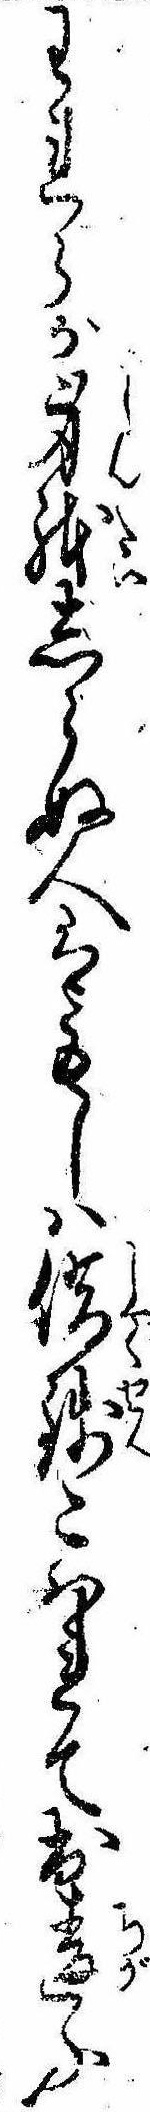
われらが身体しらぬ人はもしは借銭こはれて出違ふ